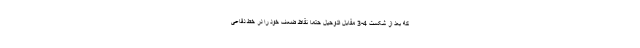
که بعد از شکست 4-3 مقابل الدوحیل حتماً نقاظ ضعف خود را در خط دفاعی